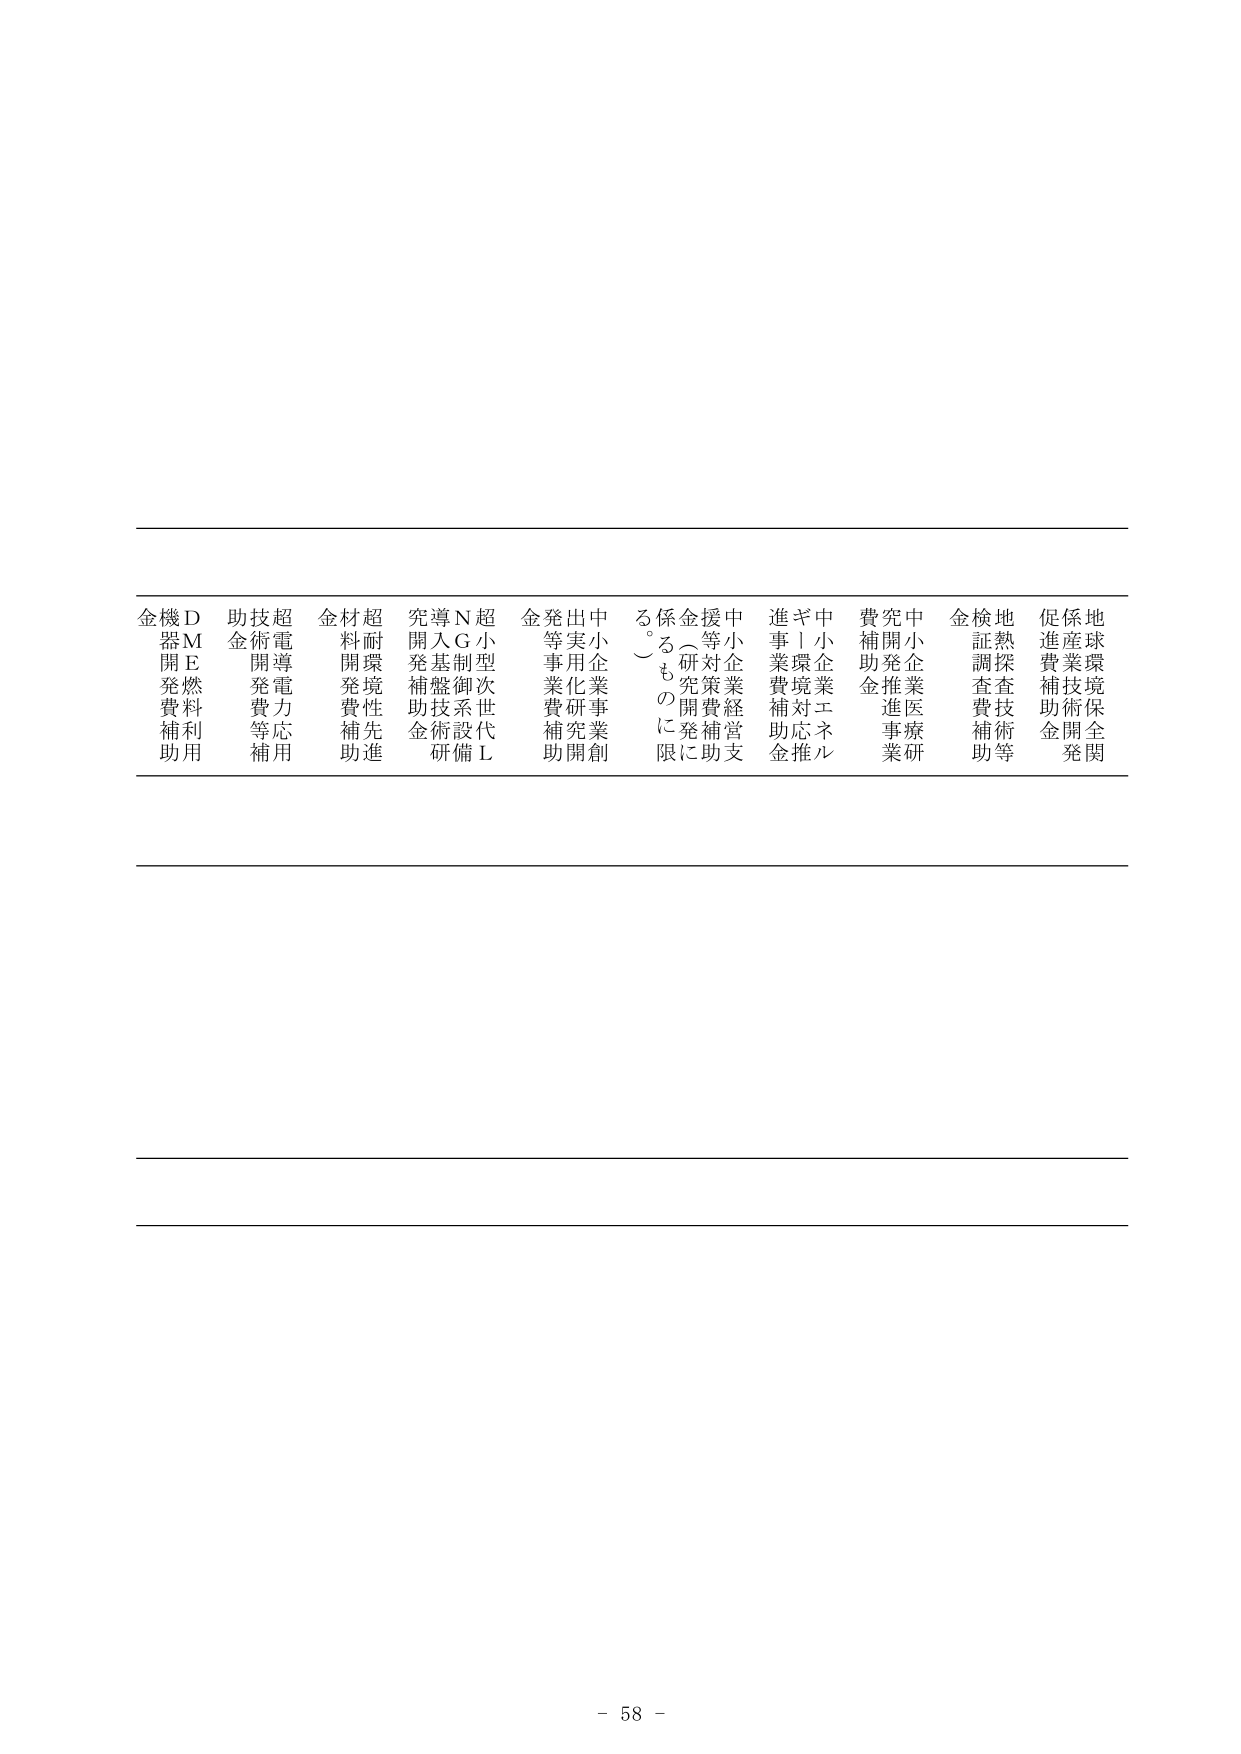
金機D 助技超 金材超 究導N超 金発出中 ろ係金援中 進ぎ中 費究中 金検地 促保地
器M 金術電 料耐 開入G小型 等実小 ろ（等小 事｜小 補開小 証熱 進産球
開E 開導 開環境 発基制次 事業化業 も研究対企業 業環境 業推進 調探 費業境
発燃料 発電力 発費性 補盤御系 事業費補助 に開発補助 金対応 金助金 金費技 補技術保
費補等 補先 助金術設代 補助開創 限に 金推ル 事業研 補助等 金開発
助用 補用 助進 研備L

－ 58 －